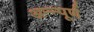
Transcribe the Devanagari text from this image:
अन्न्पूर्ण